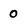
Character: 0